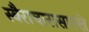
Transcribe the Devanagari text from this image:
स्वैराचारासारखे